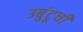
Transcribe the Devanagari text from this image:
उबुंटूची